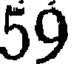
59